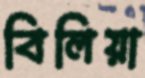
বিলিয়া